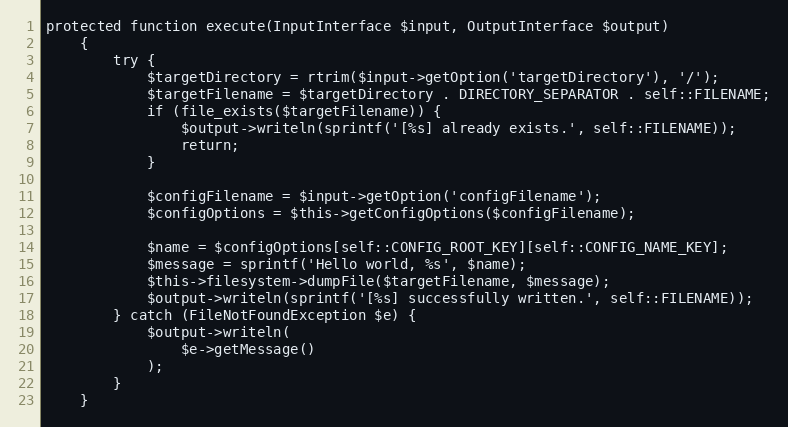
Language: PHP
protected function execute(InputInterface $input, OutputInterface $output)
    {
        try {
            $targetDirectory = rtrim($input->getOption('targetDirectory'), '/');
            $targetFilename = $targetDirectory . DIRECTORY_SEPARATOR . self::FILENAME;
            if (file_exists($targetFilename)) {
                $output->writeln(sprintf('[%s] already exists.', self::FILENAME));
                return;
            }

            $configFilename = $input->getOption('configFilename');
            $configOptions = $this->getConfigOptions($configFilename);

            $name = $configOptions[self::CONFIG_ROOT_KEY][self::CONFIG_NAME_KEY];
            $message = sprintf('Hello world, %s', $name);
            $this->filesystem->dumpFile($targetFilename, $message);
            $output->writeln(sprintf('[%s] successfully written.', self::FILENAME));
        } catch (FileNotFoundException $e) {
            $output->writeln(
                $e->getMessage()
            );
        }
    }